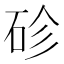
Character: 䂦